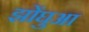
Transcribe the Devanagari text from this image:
झोंघुआ